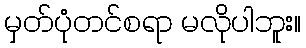
မှတ်ပုံတင်စရာ မလိုပါဘူး။